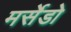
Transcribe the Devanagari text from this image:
मर्सेडो